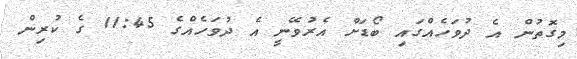
މިގޮތުން އެ ދުވަހެއްގައި ބޯޑަށް އެރުވޭނީ އެ ދުވަހެއްގެ 11:45 ގެ ކުރިން